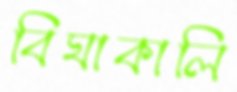
বিঘাকালি